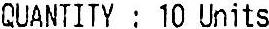
QUANTITY : 10 UNITS